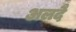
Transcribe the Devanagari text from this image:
अलदै